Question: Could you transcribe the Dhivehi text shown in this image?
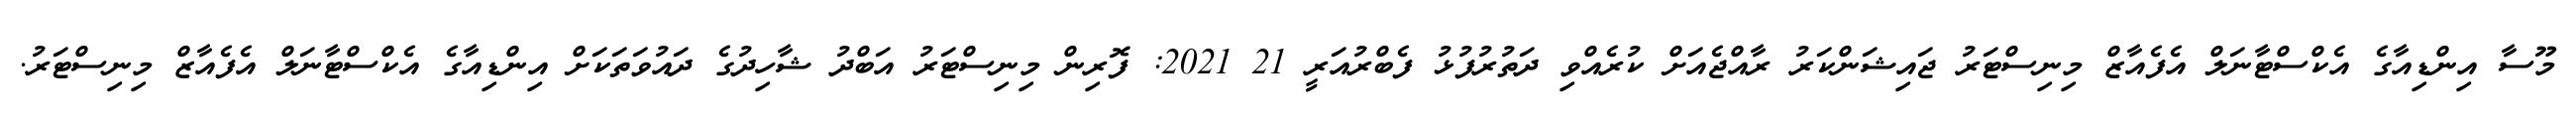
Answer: މޫސާ އިންޑިއާގެ އެކްސްޓާނަލް އެފެއާޒް މިނިސްޓަރު ޖައިޝަންކަރު ރާއްޖެއަށް ކުރެއްވި ދަތުރުފުޅު ފެބްރުއަރީ 21 2021: ފޮރިން މިނިސްޓަރު އަބްދު ޝާހިދުގެ ދައުވަތަކަށް އިންޑިއާގެ އެކްސްޓާނަލް އެފެއާޒް މިނިސްޓަރު.